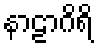
နာဠာဂိရိ